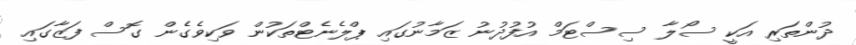
ދުންތަރި އަކީ ސޯލާ ސިސްޓަމް އުފުދުނު ޒަމާނުގައި ޕްލެނެޓްތަކުން ވަކިވެގެން ގޮސް ފަޒާގައި